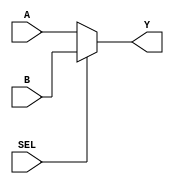

module twox1Mux(
  input [63:0] A,B,
  input SEL,
  output reg[63:0] Y);
  always @ (A or B or SEL)
    begin 
      if (SEL==0)
        Y=A;
      else
        Y=B;
    end
endmodule